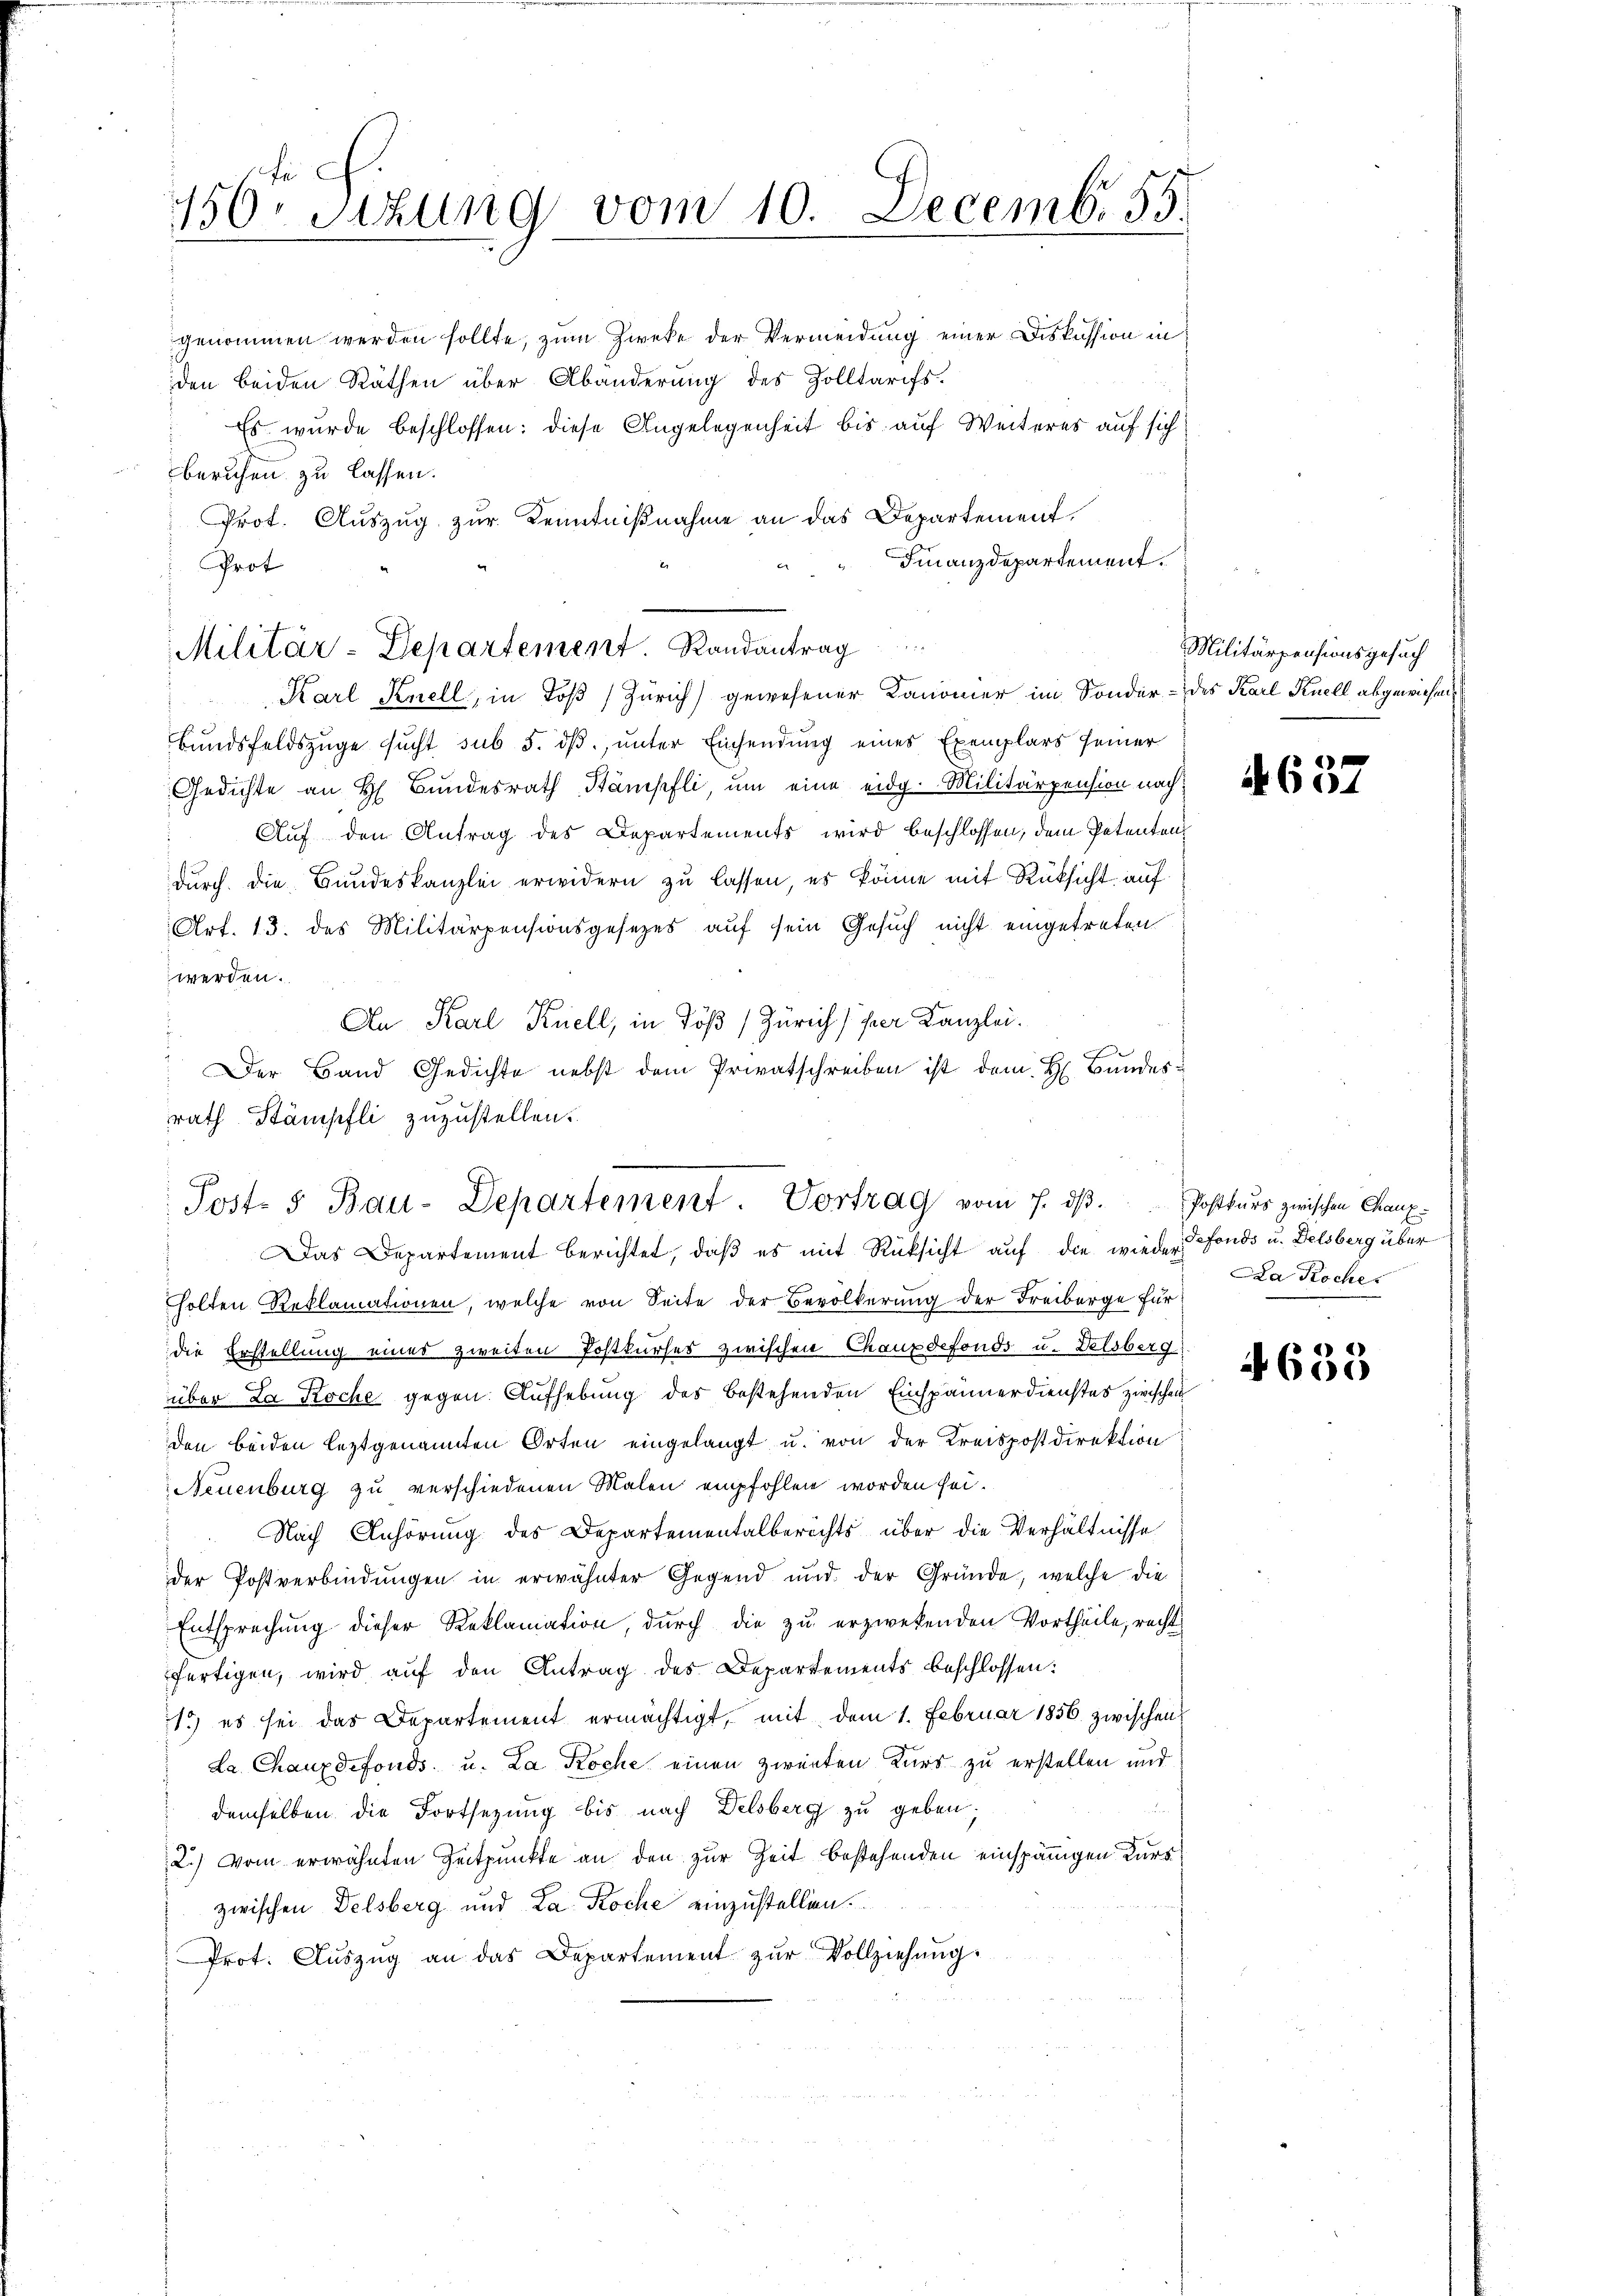
156te Sitzung vom 10. Decemb. 55.

Militär-Departement. Randantrag

Post. 5 Bau-Departement. Vortrag vom 7. dβ.
Das Departement berichtet, daß es mit Rücksicht auf die wieder defonds u. Delsberg über

genommen werden sollte, zum Zwecke der Vermeidung einer Diskussion in
den beiden Räthen über Abänderung des Zolltarifs.
Es wurde beschlossen: diese Angelegenheit bis auf Weiteres auf sich
beruhen zu lassen.
Prot. Auszug zur Kenntnißnahme an das Departement.
Finanzdepartement.
" Prot
Karl Knell, in Töß (Zürich) gewesener Kanoner im Sonder- des Karl Knell abgewiesen,
Bundsfeldszüge sucht sub 5. dß, unter Einsendung eines Exemplars seiner
Gedichte an H. Bŭndesrath Stämpfli, um eine eidg. Militärpension nach¬
Auf den Antrag des Departements wird beschlossen, dem Petentendurch die Bundeskanzlei erwidern zu lassen, es könne mit Rüksicht auf
Art. 13. des Militärpensionsgesezes auf sein Gesuch nicht eingetreten
werden.
An Karl Knell, in Töß (Zürich) per Kanzlei.
: Der Band Gedichte nebst dem Privatschreiben ist dem H. Bundesrath Stämpfli zuzustellen.
holten Reklamationen, welche von Seite der Bevölkerung der Freiberge für
die Erstellung eines zweiten Postkurses zwischen Chauxdefonds u. Delsberg
über La Koche gegen. Aufhebung des bestehenden Einspännerdienstes zwischen
den beiden leztgenannten Orten eingelangt u. von der Kreispostdirektion
Neuenburg zu verschiedenen Malen empfohlen worden sei.
Nach Anhörung des Departementalberichts über die Verhältnisse
der Postverbindungen in erwähnter Gegend und der Gründe, welche die
Entsprechŭng dieser Reklamation, durch die zŭ erzwekenden Vortheile, recht
fertigen, wird auf den Antrag des Departements beschlossen:
1.) es sei das Departement ermächtigt, mit dem 1. Februar 1856 zwischen
La Chauxdefonds u. La Roche einen zweiten Kurs zu erstellen und
demselben die Fortsetzung bis nach Delsberg zu geben,
2.) Vom erwähnten Zeitpunkte an den zur Zeit bestehenden einspänigen Kura
zwischen Delsberg und La Roche einzustellen.
Prot. Aŭszŭg an das Departement zŭr Vollziehung.

Militärpensionsgesuch

4637

Postkurs zwischen Chaux-
Da Koche

4633